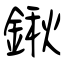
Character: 鍬